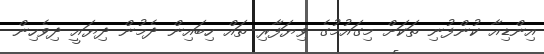
އިންޑިއާ ކުންފުނި ތަކަށް މިގައުމުގެ ވިޔަފާރި ތައް ހިބައިން ދެމުން ދިޔައީ ދިވެހިން